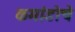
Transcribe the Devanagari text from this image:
कमांडोचे